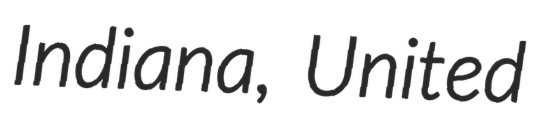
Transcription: Indiana, United